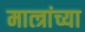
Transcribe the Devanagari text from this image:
मात्त्रांच्या